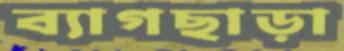
ব্যাগছাড়া